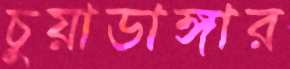
চুয়াডাঙ্গার